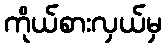
ကိုယ်စားလှယ်မှ